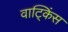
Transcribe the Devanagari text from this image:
वाट्किंस